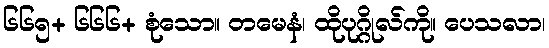
၆၆၅+ ၆၆၆+ စုံသော။ တမေနံ၊ ထိုပုဂ္ဂိုလ်ကို။ ပေသလာ၊